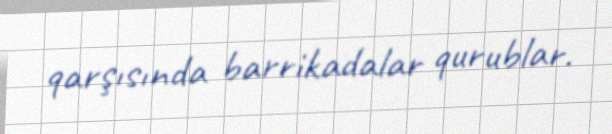
qarşısında barrikadalar qurublar.